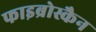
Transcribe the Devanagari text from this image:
फाइब्रोस्कैन